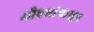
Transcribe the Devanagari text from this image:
औषधांपासून